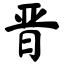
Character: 晋